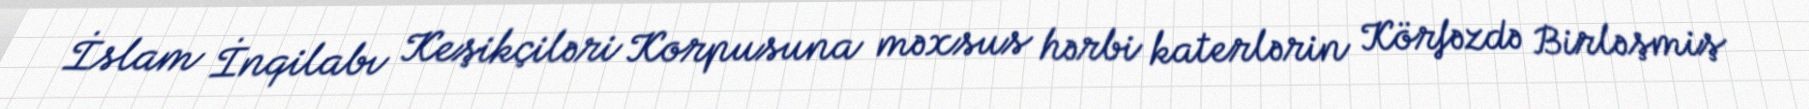
İslam İnqilabı Keşikçiləri Korpusuna məxsus hərbi katerlərin Körfəzdə Birləşmiş